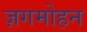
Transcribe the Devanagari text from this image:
ज़गमोहन